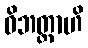
ဝိဘတ္တာဟိ